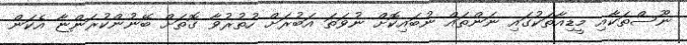
ނޫސްތަކާއި މީޑިއާތަކުގައި ނަންތައް ނުބައިކޮށް ނުވަތަ އަބުރަށް ހުތުރުވާ ގޮތަށް ބޭނުންކުރަންޏާ އެކަން